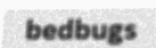
bedbugs